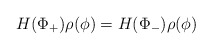
\begin{align*}H(\Phi_{+})\rho(\phi ) = H(\Phi_{-})\rho(\phi ) \end{align*}